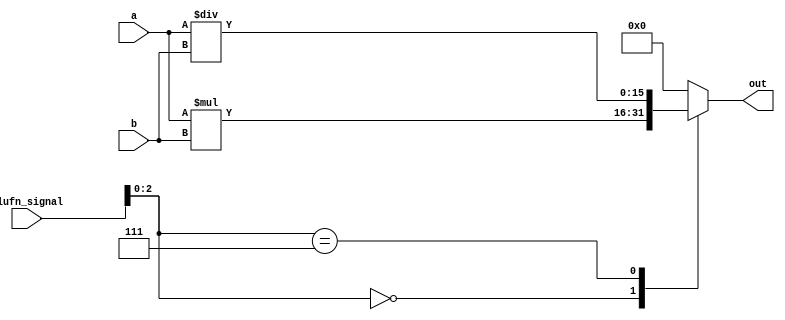
/*
   This file was generated automatically by Alchitry Labs version 1.2.7.
   Do not edit this file directly. Instead edit the original Lucid source.
   This is a temporary file and any changes made to it will be destroyed.
*/

module multiply_12 (
    input [5:0] alufn_signal,
    input [15:0] a,
    input [15:0] b,
    output reg [15:0] out
  );
  
  
  
  always @* begin
    out = 1'h0;
    
    case (alufn_signal[0+2-:3])
      3'h0: begin
        out = a * b;
      end
      3'h7: begin
        out = a / b;
      end
    endcase
  end
endmodule